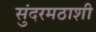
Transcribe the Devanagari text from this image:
सुंदरमठाशी